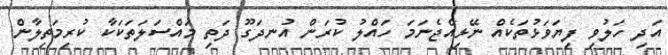
އަދި ހަލުވި ފިޔަވަޅުތަކެއް ނޭޅިއްޖެނަމަ ހައްލު ކުރަން އުނދަގޫ ދަތި މައްސަލަތަކަކާ ކުރިމަތިލާން